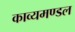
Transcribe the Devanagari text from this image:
काव्यमण्डल